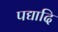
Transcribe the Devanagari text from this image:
पद्यादि